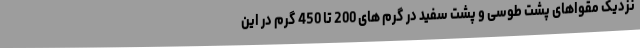
نزدیک مقواهای پشت طوسی و پشت سفید در گرم های 200 تا 450 گرم در این